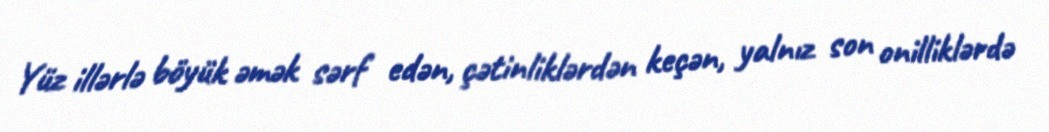
Yüz illərlə böyük əmək sərf edən, çətinliklərdən keçən, yalnız son onilliklərdə